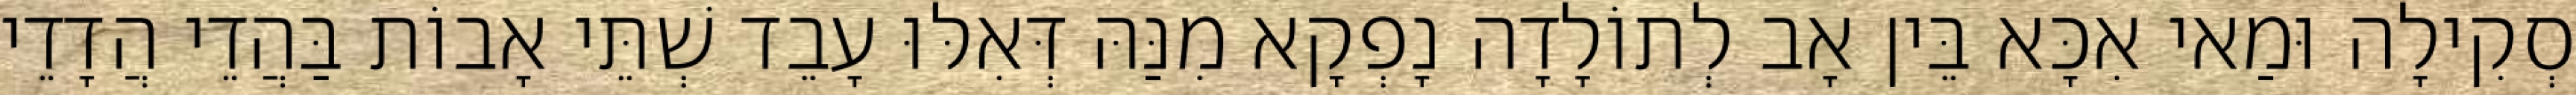
סְקִילָה וּמַאי אִכָּא בֵּין אָב לְתוֹלָדָה נָפְקָא מִנַּהּ דְּאִלּוּ עָבֵד שְׁתֵּי אָבוֹת בַּהֲדֵי הֲדָדֵי